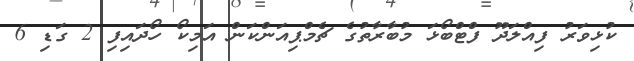
ކުޅިވަރު ފިއްލަދޫ ފްޓްބޯޅަ މުބާރާތުގެ ޗެމްޕިއަންކަން އަމިކޯ ހޯދައިފި 2 ގަޑި 6